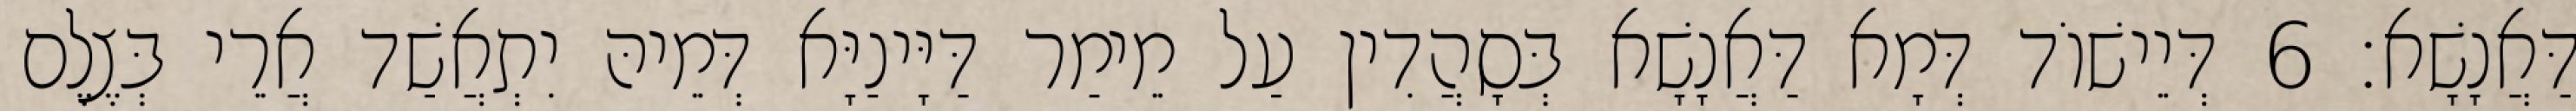
דַּאֲנָשָׁא׃ 6 דְּיֵישׁוֹד דְּמָא דַּאֲנָשָׁא בְּסָהֲדִין עַל מֵימַר דַּיָּינַיָּא דְּמֵיהּ יִתְאֲשַׁד אֲרֵי בְּצֶלֶם